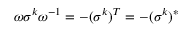
\omega \sigma ^ { k } \omega ^ { - 1 } = - ( \sigma ^ { k } ) ^ { T } = - ( \sigma ^ { k } ) ^ { * }